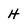
Character: H